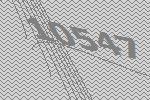
10547